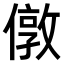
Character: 𠎄